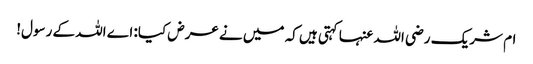
ام شریک رضی اللہ عنہا کہتی ہیں کہ میں نے عرض کیا: اے اللہ کے رسول!